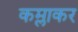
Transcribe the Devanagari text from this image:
कम्लाकर